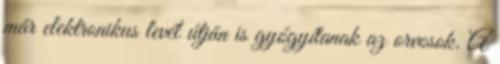
már elektronikus levél útján is gyógyítanak az orvosok. A